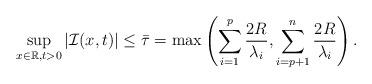
LaTeX: \begin{align*} \sup_{x\in\mathbb{R},t>0}|\mathcal{I}(x,t)|\leq \bar{\tau}=\max\left(\sum_{i=1}^p \frac{2R}{\lambda_i},\sum_{i=p+1}^n \frac{2R}{\lambda_i}\right).\end{align*}